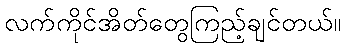
လက်ကိုင်အိတ်တွေကြည့်ချင်တယ်။